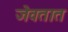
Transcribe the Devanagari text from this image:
जेवतात